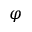
\varphi